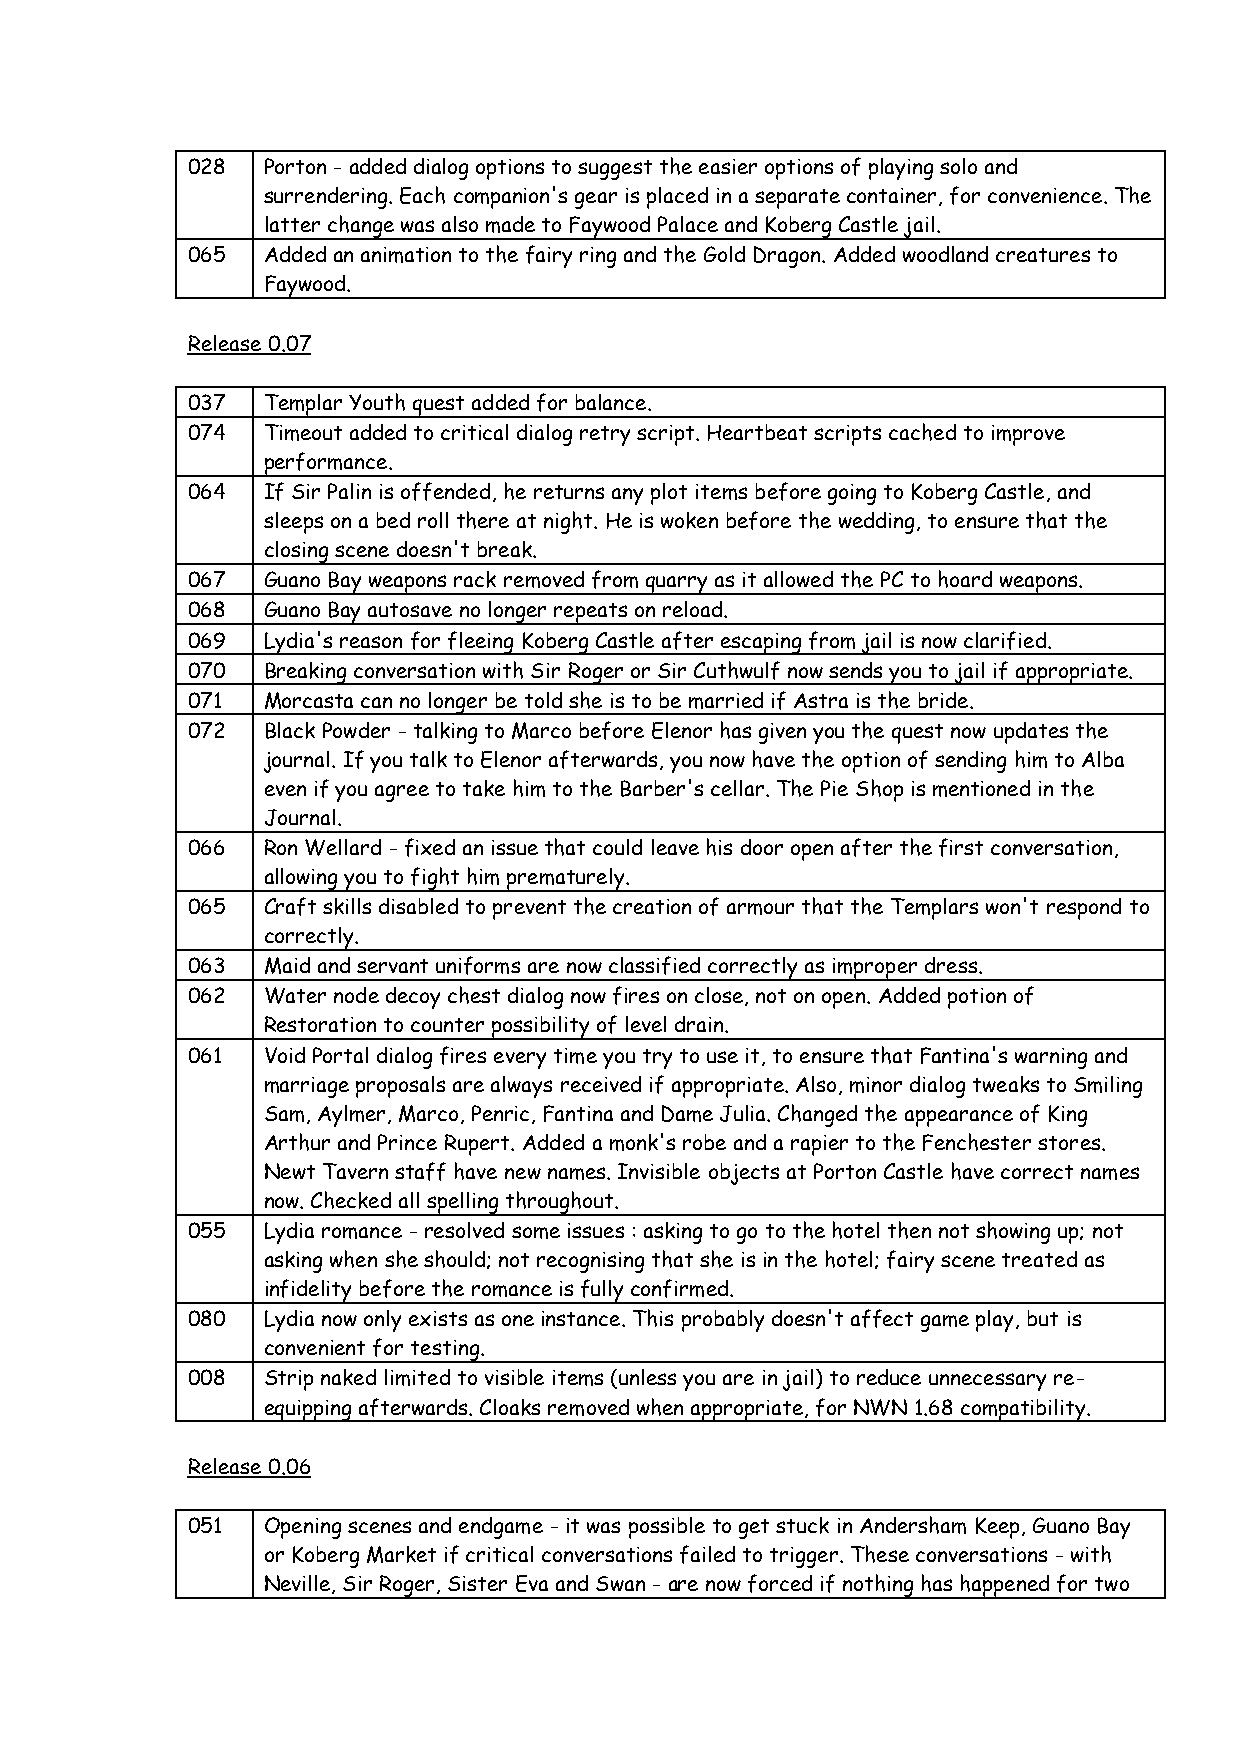
028  Porton - added dialog options to suggest the easier options of playing solo and
 surrendering. Each companion's gear is placed in a separate container, for convenience. The
 latter change was also made to Faywood Palace and Koberg Castle jail.
 065  Added an animation to the fairy ring and the Gold Dragon. Added woodland creatures to
 Faywood.
 Release 0.07
 037  Templar Youth quest added for balance.
 074  Timeout added to critical dialog retry script. Heartbeat scripts cached to improve
 performance.
 064  If Sir Palin is offended, he returns any plot items before going to Koberg Castle, and
 sleeps on a bed roll there at night. He is woken before the wedding, to ensure that the
 closing scene doesn't break.
 067  Guano Bay weapons rack removed from quarry as it allowed the PC to hoard weapons.
 068  Guano Bay autosave no longer repeats on reload.
 069  Lydia's reason for fleeing Koberg Castle after escaping from jail is now clarified.
 070  Breaking conversation with Sir Roger or Sir Cuthwulf now sends you to jail if appropriate.
 071  Morcasta can no longer be told she is to be married if Astra is the bride.
 072  Black Powder - talking to Marco before Elenor has given you the quest now updates the
 journal. If you talk to Elenor afterwards, you now have the option of sending him to Alba
 even if you agree to take him to the Barber's cellar. The Pie Shop is mentioned in the
 Journal.
 066  Ron Wellard - fixed an issue that could leave his door open after the first conversation,
 allowing you to fight him prematurely.
 065  Craft skills disabled to prevent the creation of armour that the Templars won't respond to
 correctly.
 063  Maid and servant uniforms are now classified correctly as improper dress.
 062  Water node decoy chest dialog now fires on close, not on open. Added potion of
 Restoration to counter possibility of level drain.
 061  Void Portal dialog fires every time you try to use it, to ensure that Fantina's warning and
 marriage proposals are always received if appropriate. Also, minor dialog tweaks to Smiling
 Sam, Aylmer, Marco, Penric, Fantina and Dame Julia. Changed the appearance of King
 Arthur and Prince Rupert. Added a monk's robe and a rapier to the Fenchester stores.
 Newt Tavern staff have new names. Invisible objects at Porton Castle have correct names
 now. Checked all spelling throughout.
 055  Lydia romance - resolved some issues : asking to go to the hotel then not showing up; not
 asking when she should; not recognising that she is in the hotel; fairy scene treated as
 infidelity before the romance is fully confirmed.
 080  Lydia now only exists as one instance. This probably doesn't affect game play, but is
 convenient for testing.
 008  Strip naked limited to visible items (unless you are in jail) to reduce unnecessary re-
 equipping afterwards. Cloaks removed when appropriate, for NWN 1.68 compatibility.
 Release 0.06
 051  Opening scenes and endgame - it was possible to get stuck in Andersham Keep, Guano Bay
 or Koberg Market if critical conversations failed to trigger. These conversations - with
 Neville, Sir Roger, Sister Eva and Swan - are now forced if nothing has happened for two